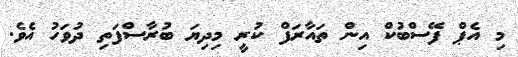
މި އެޕް ފޭސްބުކް އިން ތައާރަފް ކުރީ މިދިޔަ ބުރާސްފަތި ދުވަހު އެވެ.